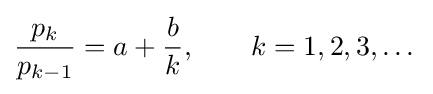
{\frac {p_{k}}{p_{k-1}}}=a+{\frac {b}{k}},\qquad k=1,2,3,\dots